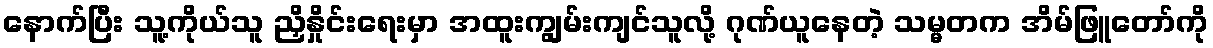
နောက်ပြီး သူ့ကိုယ်သူ ညှိနှိုင်းရေးမှာ အထူးကျွမ်းကျင်သူလို့ ဂုဏ်ယူနေတဲ့ သမ္မတက အိမ်ဖြူတော်ကို